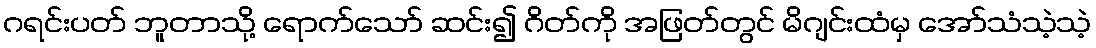
ဂရင်းပတ် ဘူတာသို့ ရောက်သော် ဆင်း၍ ဂိတ်ကို အဖြတ်တွင် မိဂျင်းထံမှ အော်သံသဲ့သဲ့